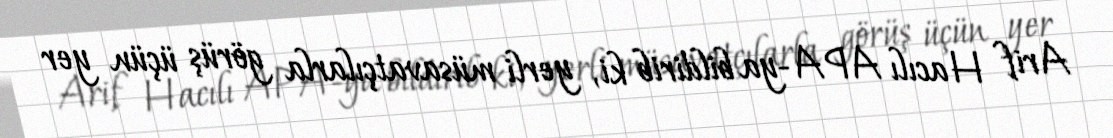
Arif Hacılı APA-ya bildirib ki, yerli müsavatçılarla görüş üçün yer